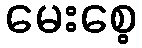
မေးစေ့